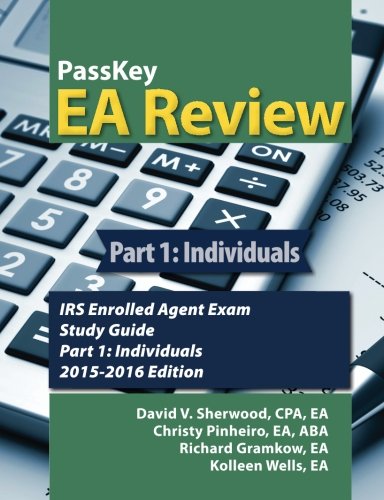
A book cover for PassKey EA Review Part 1:: Individuals, IRS Enrolled Agent Exam Study Guide: 2015-2016 Edition; David V Sherwood; Law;